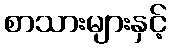
စာသားများနှင့်